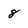
Character: 8